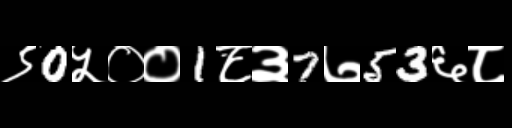
Text: ९0५००1८३7७53६८